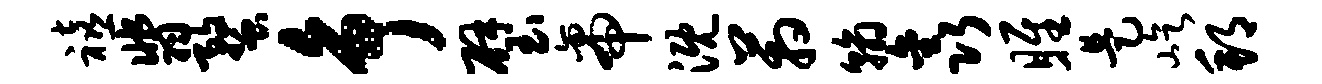
禧翡蝥争璧帝溉箱翰鑫雎是屹邦